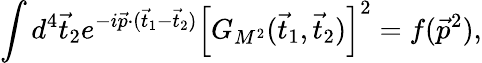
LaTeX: \int d^{4}\vec{t}_{2}e^{-i\vec{p}\cdot(\vec{t}_{1}-\vec{t}_{2})}\left[G_{M^{2}}(\vec{t}_{1},\vec{t}_{2})\right]^{2}=f(\vec{p}^{2}),